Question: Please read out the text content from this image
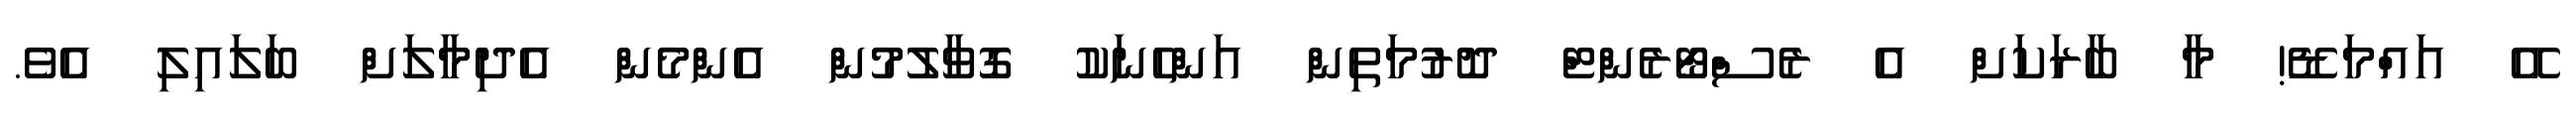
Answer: އޭ އައްމަޑޭ! މާ ބާރަކަށް އެ ރެސްޓޯރެންޓް ދޮރުމަތިން އަންހެނަކު ގޮވާލުމުން އެންމެން އެދިމާލަށް ބަލައިލި އެވެ.